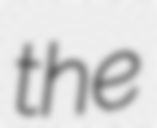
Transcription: the